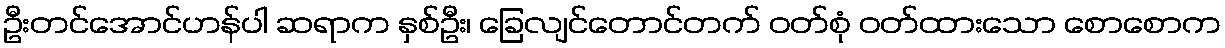
ဦးတင်အောင်ဟန်ပါ ဆရာက နှစ်ဦး၊ ခြေလျင်တောင်တက် ဝတ်စုံ ဝတ်ထားသော စောစောက